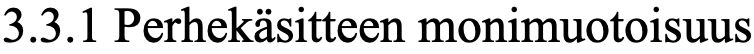
3.3.1 Perhekäsitteen monimuotoisuus